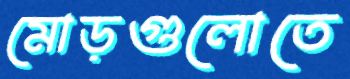
মোড়গুলোতে